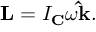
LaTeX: \mathbf { L } = I _ { \mathbf { C } } \omega \mathbf { \hat { k } } .